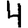
Digit: 4